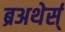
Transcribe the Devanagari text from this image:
ब्रअथेर्स्